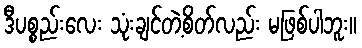
ဒီပစ္စည်းလေး သုံးချင်တဲ့စိတ်လည်း မဖြစ်ပါဘူး။